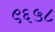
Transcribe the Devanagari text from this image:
९६५८